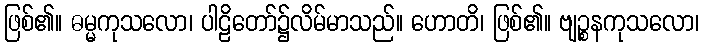
ဖြစ်၏။ ဓမ္မကုသလော၊ ပါဠိတော်၌လိမ်မာသည်။ ဟောတိ၊ ဖြစ်၏။ ဗျဉ္စနကုသလော၊